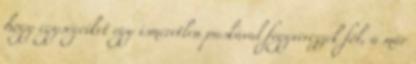
hogy egységeiket egy ismeretlen puskával fegyverezzék föl, a már